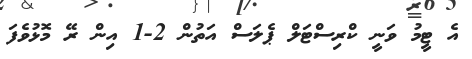
އެ ޓީމު ވަނީ ކްރިސްޓަލް ޕެލަސް އަތުން 2-1 އިން ރޭ މޮޅުވެފަ